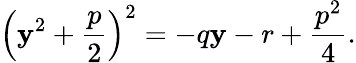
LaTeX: \left(\mathbf{y}^{2}+{\frac{{p}}{{2}}}\right)^{2}=-q\mathbf{y}-r+{\frac{{p^{2}}}{{4}}}.